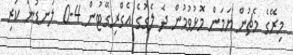
މިރޭގެ މެޗުން ޔަމަން މޮޅުވުމުން ދެ ލެގުގެ އެގްރިގޭޓުން 4-0 ލަނޑުން ކުރި